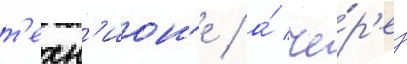
т'ехн'ион'е / а́ че́р'ез